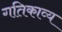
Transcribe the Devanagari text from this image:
गतिकाव्य